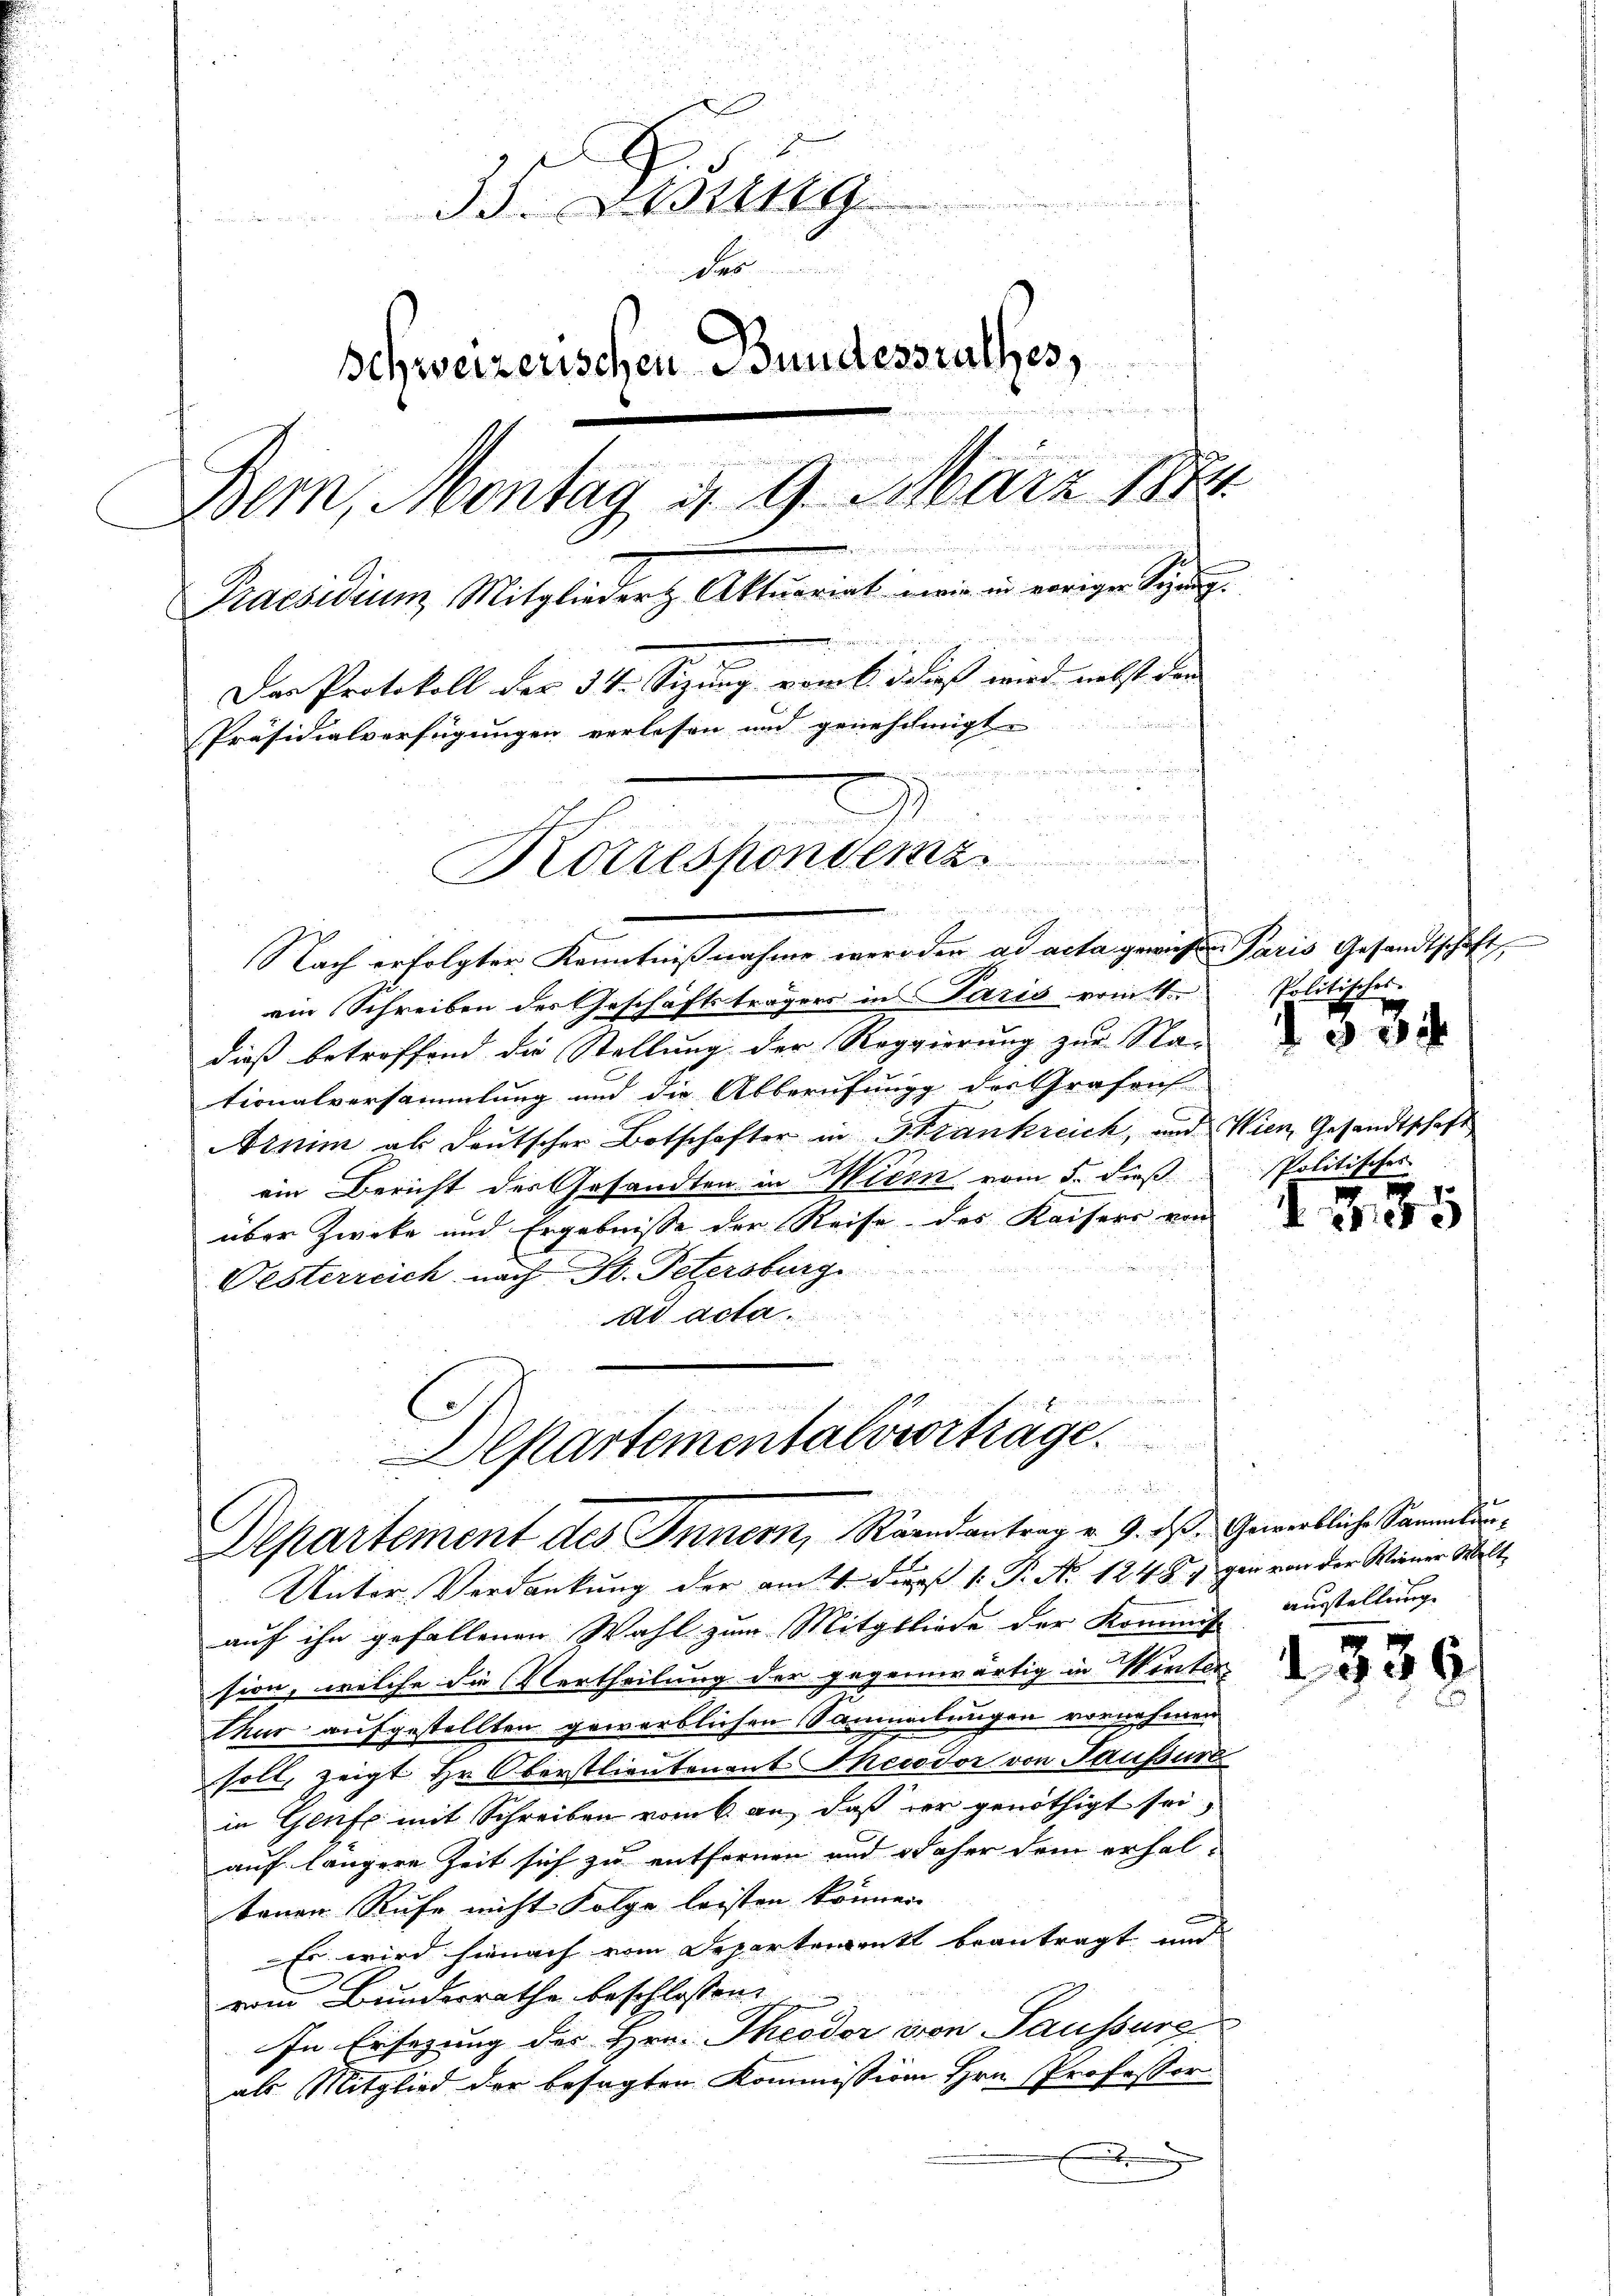
35. Lesung
das
Schweizerischen Bundesrathes,

Bern, Montag d. 9. März 1884

Praesidium Mitglieder Aktuariat wie in voriger Sinng.
Der Protokoll der 34. Sitzung von dieß wird nebst den
Präsidialverfügungen verlesen und genehmigt.

Kotrespondenz
2

Nach erfolgter Kenntnißnahme werden ad acta gewissen Paris Gesandtschaft
ein Schreiben der Geschäftsträgers in Paris vom 11. Politisches
dieß betroffend die Stellung der Reggierung zur Na-
tionalversammlung und die Abberufung der Grafen
Arnim als deutscher Botschafter in Strankreich, und Wien Gesandtschaft
ein Bericht des Gesandten in Wien vom 5. dieß
über Zwecke und Ergebnisse der Reise des Kaisers von
Oesterreich nach St. Petersburg
ad acta.
 von den Lectionens

Departementalverträge.

Departement des Innern, Randantrag v. 9. ds. Gewerbliche Sammlun¬
Unter-Verdankung der am 21. Diens 1. P. N. 12487 gen von der Wiener Welt,

auf ihn gefallenen Wahl zum Mitgliede der Kommis
sion, welche die Vertheilung der gegenwärtig in Mörter
Chur aufgestellten gewerblichen Sammlungen vornehmen
soll, zeigt Hr. Oberstlieutenant Theodor von Saussure
in Genf mit Schreiben vom 6. an, daß der genöthigt sei,
auf längere Zeit sich zu entfernen und daher dem erhal-
tenen Rufe nicht Folge leisten können
Es wird hienach vom Departement beantragt und
vom Bundesrathe beschlossen:
In Ersezung des Hrn. Theodor von Saussure
als Mitglied der besagten Kommission Hrn. Professor
x

534

¬

Politisches

185

ausstellung

d 336